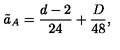
\tilde { a } _ { A } = \frac { d - 2 } { 2 4 } + \frac { D } { 4 8 } ,